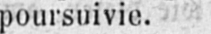
poursuivie.